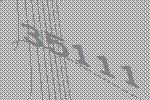
35111